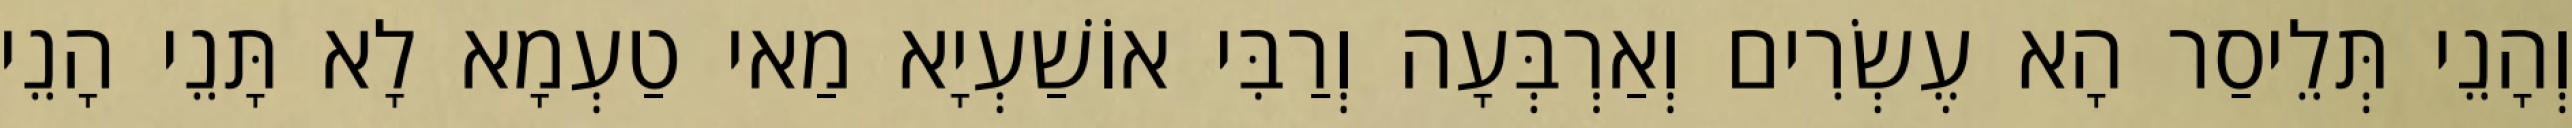
וְהָנֵי תְּלֵיסַר הָא עֶשְׂרִים וְאַרְבְּעָה וְרַבִּי אוֹשַׁעְיָא מַאי טַעְמָא לָא תָּנֵי הָנֵי